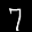
Label: 7